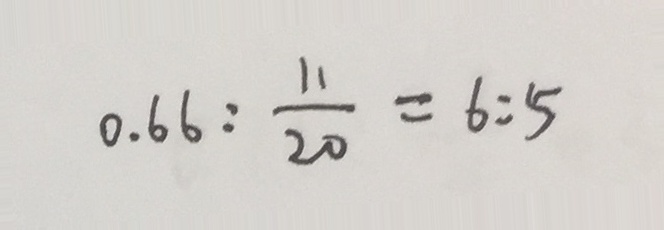
0 . 6 6 : \frac { 1 1 } { 2 0 } = 6 : 5